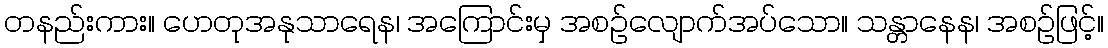
တနည်းကား။ ဟေတုအနုသာရေန၊ အကြောင်းမှ အစဉ်လျောက်အပ်သော။ သန္တာနေန၊ အစဉ်ဖြင့်။